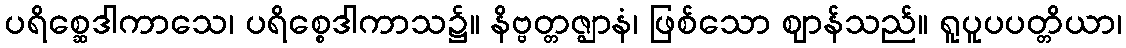
ပရိစ္ဆေဒါကာသေ၊ ပရိစ္စေဒါကာသ၌။ နိဗ္ဗတ္တဇ္ဈာနံ၊ ဖြစ်သော ဈာန်သည်။ ရူပူပပတ္တိယာ၊